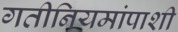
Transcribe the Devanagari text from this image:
गतीनियमांपाशी